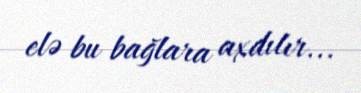
elə bu bağlara axdılır...